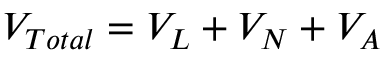
V _ { T o t a l } = V _ { L } + V _ { N } + V _ { A }